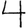
Digit: 4